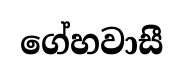
ගේහවාසී